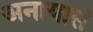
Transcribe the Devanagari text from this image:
अनायासं